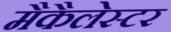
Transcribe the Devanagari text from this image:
मैकैलेस्टर